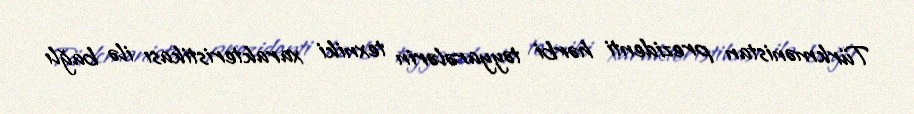
Türkmənistan prezidenti hərbi təyyarələrin texniki xarakteristikası ilə bağlı